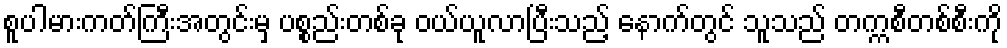
စူပါမားကတ်ကြီးအတွင်းမှ ပစ္စည်းတစ်ခု ဝယ်ယူလာပြီးသည့် နောက်တွင် သူသည် တက္ကစီတစ်စီးကို